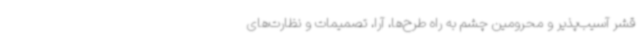
قشر آسیب‌پذیر و محرومین چشم به راه طرح‌ها، آرا، تصمیمات و نظارت‌های